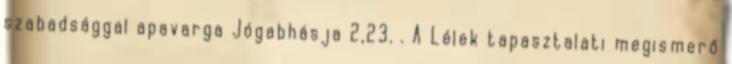
szabadsággal apavarga Jógabhásja 2,23. . A Lélek tapasztalati megismerő